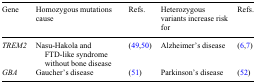
<table><thead><tr><td><b>Gene</b></td><td><b>Homozygous mutations cause</b></td><td><b>Refs.</b></td><td><b>Heterozygous variants increase risk for</b></td><td><b>Refs.</b></td></tr></thead><tbody><tr><td><i>TREM2</i></td><td>Nasu-Hakola and FTD-like syndrome without bone disease</td><td>(49,50)</td><td>Alzheimer&#x27;s disease</td><td>(6,7)</td></tr><tr><td><i>GBA</i></td><td>Gaucher&#x27;s disease</td><td>(51)</td><td>Parkinson&#x27;s disease</td><td>(52)</td></tr></tbody></table>